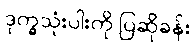
ဒုက္ခသုံးပါးကို ပြဆိုခန်း